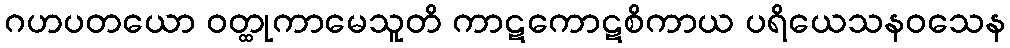
ဂဟပတယော ဝတ္ထုကာမေသူတိ ကာဋကောဋစိကာယ ပရိယေသနဝသေန